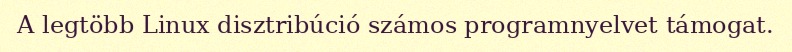
A legtöbb Linux disztribúció számos programnyelvet támogat.